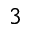
^ { 3 }